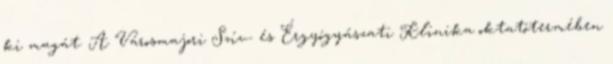
ki magát. A Városmajori Szív- és Érgyógyászati Klinika oktatótermében